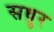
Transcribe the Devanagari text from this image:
सधुर